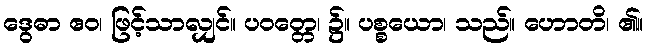
ဒွေဓာ ဧဝ၊ ဖြင့်သာလျှင်။ ပဝတ္တေ၊ ၌။ ပစ္စယော၊ သည်။ ဟောတိ၊ ၏။